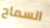
السماح